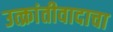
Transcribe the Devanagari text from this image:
उत्क्रांतीवादाचा